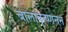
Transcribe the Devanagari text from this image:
बालाकृष्णनन